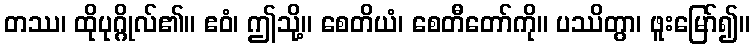
တဿ၊ ထိုပုဂ္ဂိုလ်၏။ ဧဝံ၊ ဤသို့။ စေတိယံ၊ စေတီတော်ကို။ ပဿိတွာ၊ ဖူးမြော်၍။